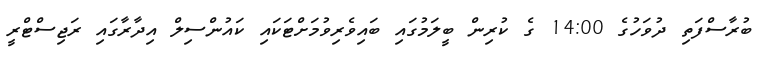
ބުރާސްފަތި ދުވަހުގެ 14:00 ގެ ކުރިން ބީލަމުގައި ބައިވެރިވުމަށްޓަކައި ކައުންސިލް އިދާރާގައި ރަޖިސްޓްރީ